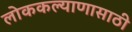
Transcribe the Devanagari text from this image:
लोककल्याणासाठी